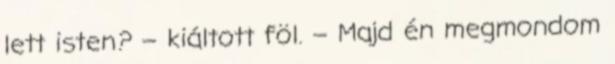
lett isten? – kiáltott föl. – Majd én megmondom